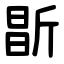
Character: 㫀